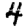
Digit: 4